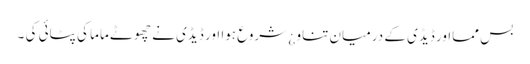
بس ممااور ڈیڈی کے درمیان تناو ¿ شروع ہوا اور ڈیڈی نے چھوٹے ماما کی پٹائی کی ۔